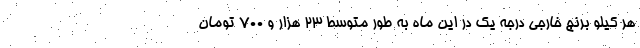
هر کیلو برنج خارجی درجه یک در این ماه به طور متوسط ۲۳ هزار و ۷۰۰ تومان